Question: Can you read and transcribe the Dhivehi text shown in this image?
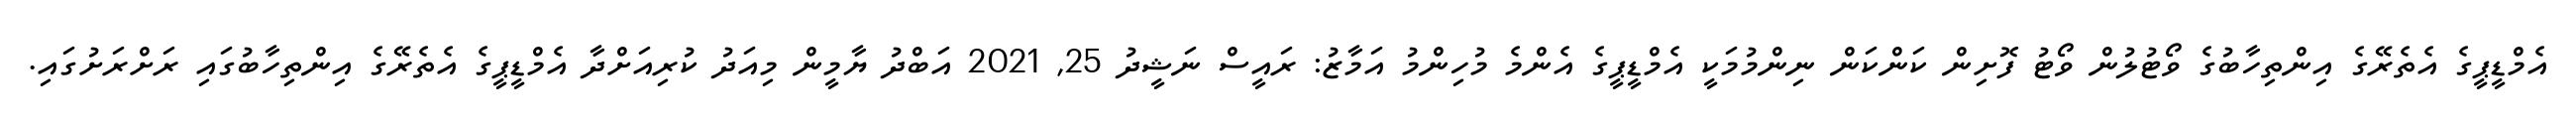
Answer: އެމްޑީޕީގެ އެތެރޭގެ އިންތިހާބުގެ ވޯޓުލުން ވޯޓު ފޮށިން ކަންކަން ނިންމުމަކީ އެމްޑީޕީގެ އެންމެ މުހިންމު އަމާޒު: ރައީސް ނަޝީދު 25, 2021 އަބްދު ޔާމީން މިއަދު ކުރިއަށްދާ އެމްޑީޕީގެ އެތެރޭގެ އިންތިހާބުގައި ރަށްރަށުގައި.